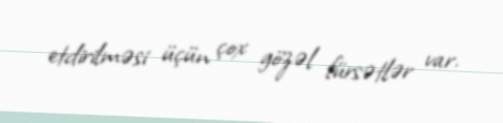
etdirilməsi üçün çox gözəl fürsətlər var.